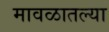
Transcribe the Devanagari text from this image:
मावळातल्या